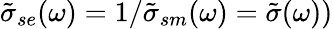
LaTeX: \tilde{\sigma}_{se}(\omega)=1/\tilde{\sigma}_{sm}(\omega)=\tilde{\sigma}(\omega))